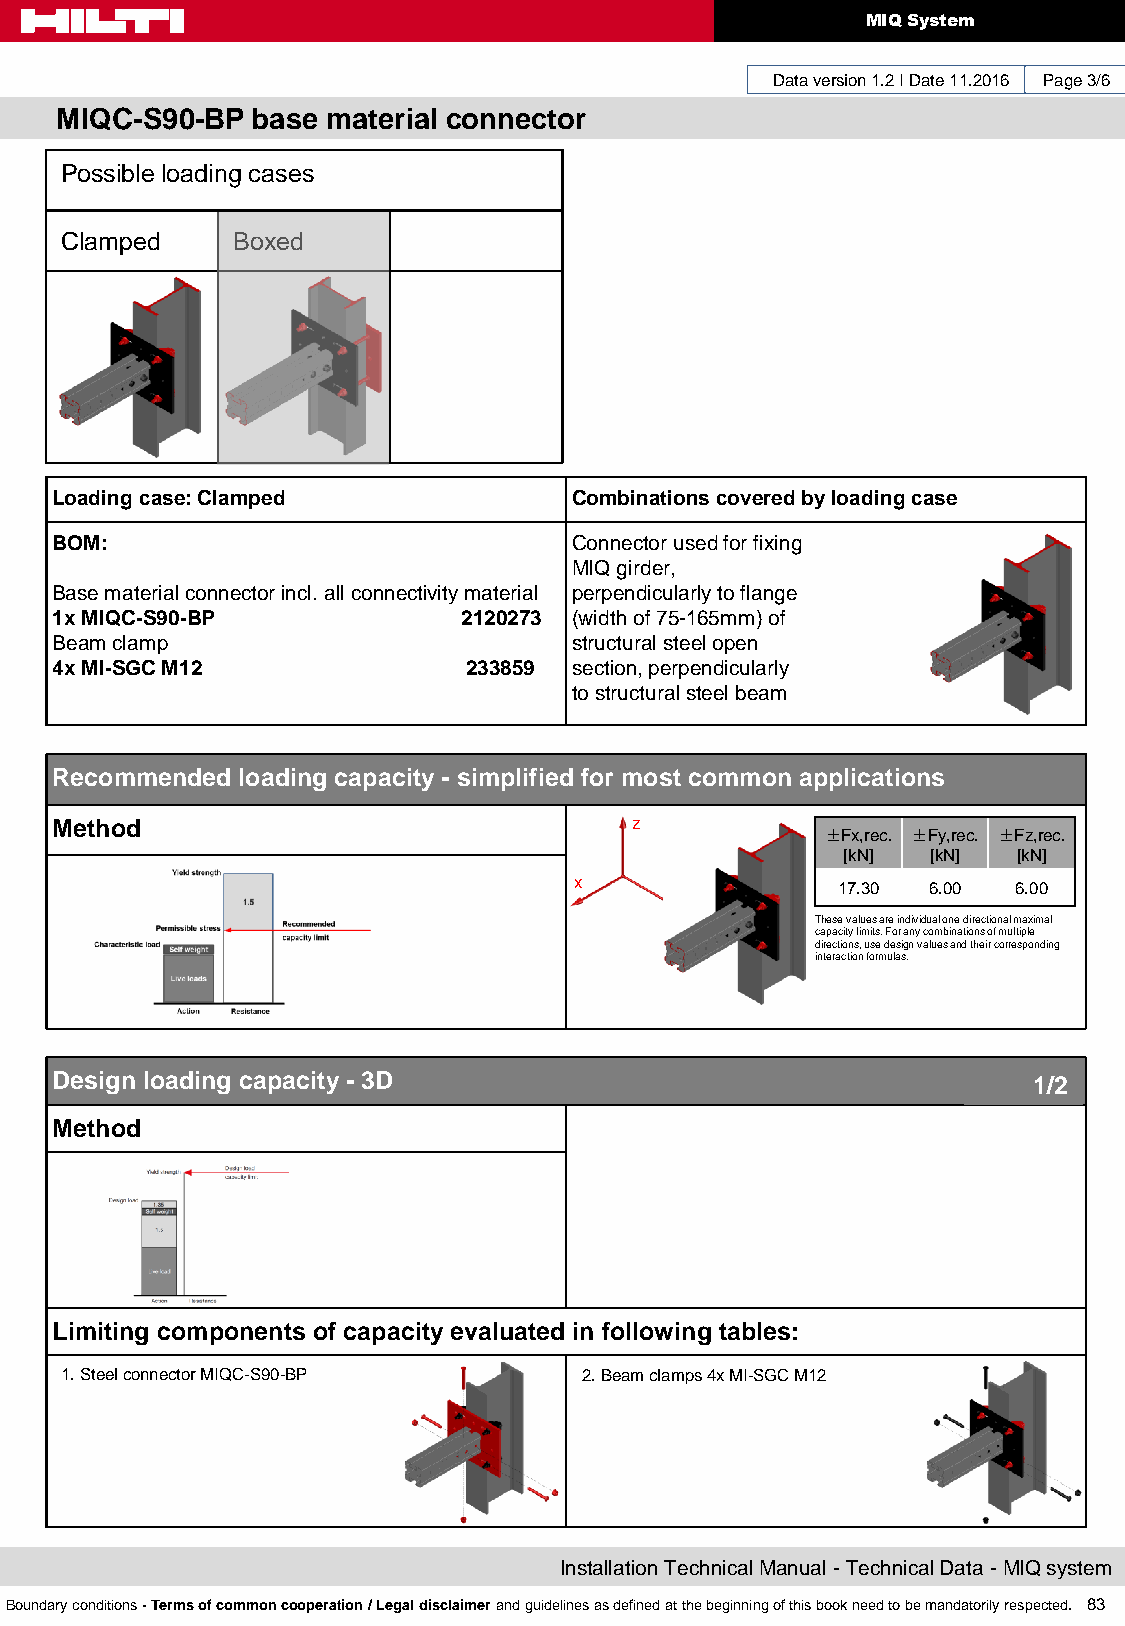
MIQ System
 Data version 1.2 I Date 11.2016 Page 3/6
 MIQC-S90-BP  base material connector
 Possible loading cases
 Clamped    Boxed
 Loading case: Clamped              Combinations covered by loading case
 BOM:                               Connector used for fixing
 MIQ girder,
 Base material connector incl. all connectivity material perpendicularly to flange
 1x MIQC-S90-BP              2120273 (width of 75-165mm) of
 Beam clamp                         structural steel open
 4x MI-SGC M12               233859 section, perpendicularly
 to structural steel beam
 Recommended  loading capacity - simplified for most common applications
 Method                                 z
 ±Fx,rec. ±Fy,rec. ±Fz,rec.
 [kN]  [kN] [kN]
 x     y          17.30 6.00  6.00
 These values are individual one directional maximal
 capacity limits. For any combinations of multiple
 directions, use design values and their corresponding
 interaction formulas.
 Design loading capacity - 3D                                     1/2
 Method
 Limiting components of capacity evaluated in following tables:
 1. Steel connector MIQC-S90-BP     2. Beam clamps 4x MI-SGC M12
 Installation Technical Manual - Technical Data - MIQ system
 Boundary conditions - Terms of common cooperation / Legal disclaimer and guidelines as defined at the beginning of this book need to be mandatorily respected. 83